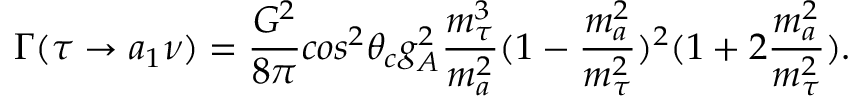
\Gamma ( \tau \rightarrow a _ { 1 } \nu ) = \frac { G ^ { 2 } } { 8 \pi } c o s ^ { 2 } \theta _ { c } g _ { A } ^ { 2 } \frac { m _ { \tau } ^ { 3 } } { m _ { a } ^ { 2 } } ( 1 - \frac { m _ { a } ^ { 2 } } { m _ { \tau } ^ { 2 } } ) ^ { 2 } ( 1 + 2 \frac { m _ { a } ^ { 2 } } { m _ { \tau } ^ { 2 } } ) .